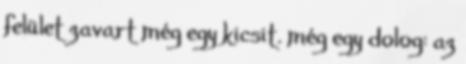
felület zavart még egy kicsit. még egy dolog: az